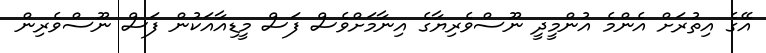
އޭގެ އިތުރަށް އެންމެ އުންމީދީ ނޫސްވެރިޔާގެ އިނާމަށްވެސް ފަސް މީޑިއާއަކުން ފަސް ނޫސްވެރިން